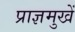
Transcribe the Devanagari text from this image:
प्राज्ञमुखें